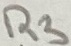
Text: R3